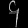
Digit: ၄